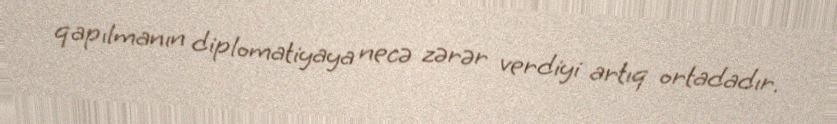
qapılmanın diplomatiyaya necə zərər verdiyi artıq ortadadır.